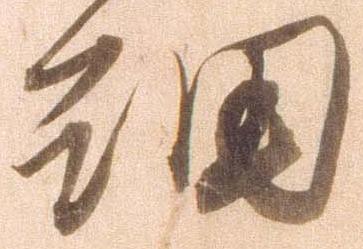
細